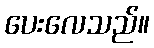
ပေးလေသည်။